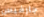
جارفيس